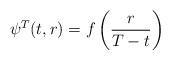
LaTeX: \begin{align*}\psi^T(t,r)=f\left(\frac{r}{T-t}\right)\end{align*}